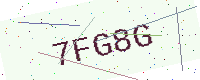
Text: 7FG8G